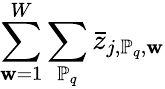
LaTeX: \sum_{\mathbf{w}=1}^{W}\sum_{\mathbb{{P}}_{q}}\bar{{z}}_{j,\mathbb{{P}}_{q},\mathbf{w}}